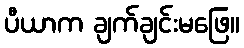
ပီယာက ချက်ချင်းမဖြေ။